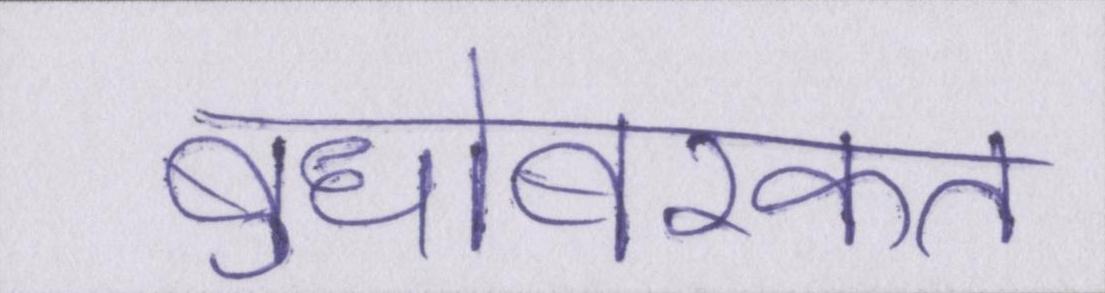
बुधोबरकत